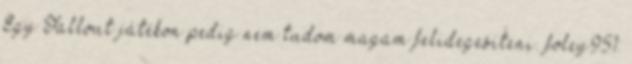
Egy Fallout játékon pedig nem tudom magam felidegesíteni. foley951: